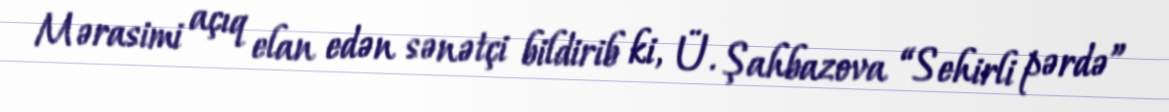
Mərasimi açıq elan edən sənətçi bildirib ki, Ü. Şahbazova “Sehirli pərdə”